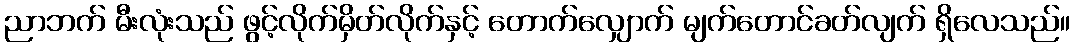
ညာဘက် မီးလုံးသည် ဖွင့်လိုက်မှိတ်လိုက်နှင့် တောက်လျှောက် မျက်တောင်ခတ်လျက် ရှိလေသည်။